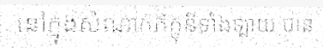
នៅក្នុងសំណាក់ភិក្ខុនីទាំងឡាយ បាន